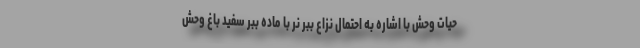
حیات وحش با اشاره به احتمال نزاع ببر نر با ماده ببر سفید باغ‌ وحش